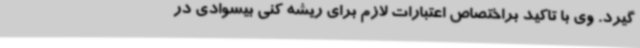
گیرد. وی با تاکید براختصاص اعتبارات لازم برای ریشه کنی بیسوادی در